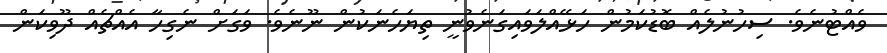
ވެއްޓުނެވެ. ސިހުނުލެއް ބޮޑުކަމުން ހަޅޭއްލަވައިގަނެވުނީ ތިޔަހެނަކުން ނޫނެވެ. ވަގަށް ނެގިހާ އެއްޗެއް ދޫވިކަން